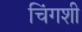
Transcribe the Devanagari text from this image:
चिंगशी